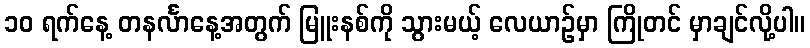
၁၀ ရက်နေ့ တနင်္လာနေ့အတွက် မြူးနစ်ကို သွားမယ့် လေယာဉ်မှာ ကြိုတင် မှာချင်လို့ပါ။